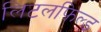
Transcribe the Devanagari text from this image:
लिटलफिल्ड